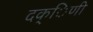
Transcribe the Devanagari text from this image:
दक्िणी